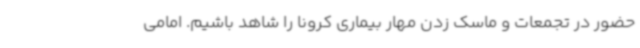
حضور در تجمعات و ماسک زدن مهار بیماری کرونا را شاهد باشیم. امامی